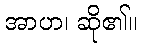
အာဟ၊ ဆို၏။